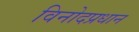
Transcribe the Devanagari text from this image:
विनोदप्रधान